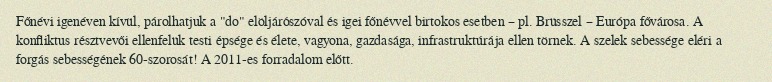
Főnévi igenéven kívül, párolhatjuk a "do" elöljárószóval és igei főnévvel birtokos esetben – pl. Brüsszel – Európa fővárosa. A konfliktus résztvevői ellenfelük testi épsége és élete, vagyona, gazdasága, infrastruktúrája ellen törnek. A szelek sebessége eléri a forgás sebességének 60-szorosát! A 2011-es forradalom előtt.